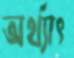
অর্থ্যাৎ